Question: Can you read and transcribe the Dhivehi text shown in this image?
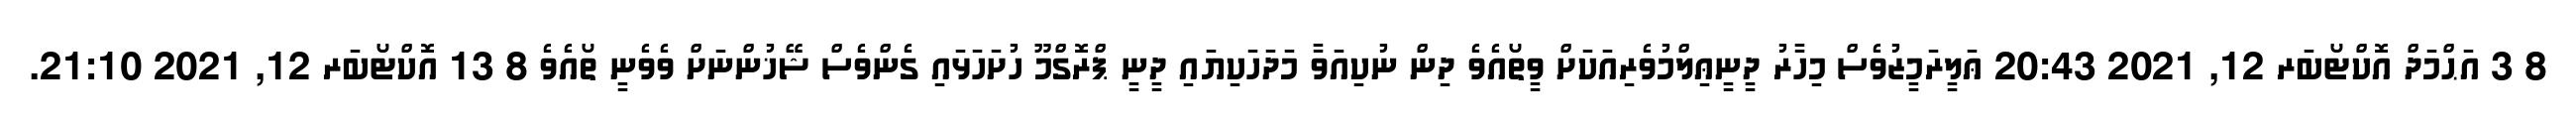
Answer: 8 3 އަޙްމަދް އޮކްޓޯބަރ 12, 2021 20:43 ޢަލީރަމީޒުވެސް މިހާރު ދީނީޢިލްމުވެރިއަކަށް ވީތޯއެވެ ދިން ނުކިއަވާ މަދަހަކިޔައި ދީނީ ޕްރޮގްމޫ ހުށަހަޅައި ގެންވެސް ޝޭޚުންނަށް ވެވެނީ ތޯއެވެ 8 13 އޮކްޓޯބަރ 12, 2021 21:10.